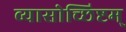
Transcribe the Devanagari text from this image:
व्यासोच्छिष्टम्